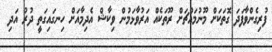
ފުރިގެންވާފަދަ ގޮތަކަށް މޫނުމައްޗަށް ރޫތަކެއް އަރުވާޅަމުން ވިކާޝް އެދިމާއަށް ހިނގައިގަތީ ދުރު އަދި